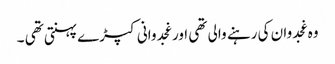
وہ غجدوان کی رہنے والی تھی اور غجدوانی کپڑے پہنتی تھی ۔